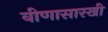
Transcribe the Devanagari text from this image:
वीणासारखी